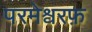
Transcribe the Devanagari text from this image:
परमेश्वरफ़